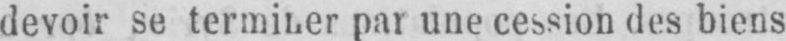
par une cession des biens